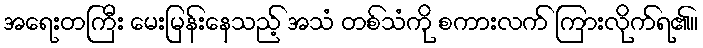
အရေးတကြီး မေးမြန်းနေသည့် အသံ တစ်သံကို စကားလက် ကြားလိုက်ရ၏။